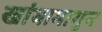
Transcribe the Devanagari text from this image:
खांबामागुन